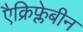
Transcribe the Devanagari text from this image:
एैक्रिफ्लेबीन